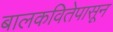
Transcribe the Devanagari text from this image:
बालकवितेपासून